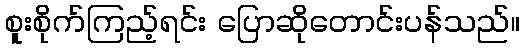
စူးစိုက်ကြည့်ရင်း ပြောဆိုတောင်းပန်သည်။